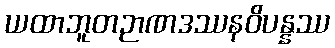
ယထာဘူတဉာဏဒဿနဝိပန္နဿ